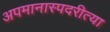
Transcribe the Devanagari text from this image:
अपमानास्पदरीत्या